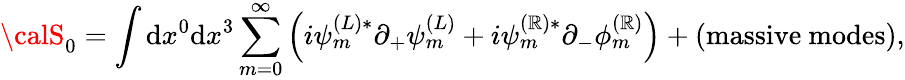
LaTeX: {\calS}_{0}=\int\mathrm{d}x^{0}\mathrm{d}x^{3}\sum_{m=0}^{\infty}\left(i\psi_{m}^{(L)*}\partial_{+}\psi_{m}^{(L)}+i\psi_{m}^{(\mathbb{R})*}\partial_{-}\phi_{m}^{(\mathbb{R})}\right)+(\mathrm{{massive~mo\mathrm{d}es}}),